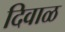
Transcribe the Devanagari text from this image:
दिवाळ